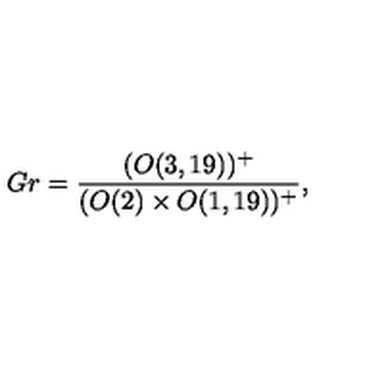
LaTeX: G r = \frac { ( O ( 3 , 1 9 ) ) ^ { + } } { ( O ( 2 ) \times O ( 1 , 1 9 ) ) ^ { + } } ,